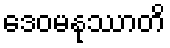
ဒေဝမနုဿာတိ